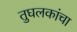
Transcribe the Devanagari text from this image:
तुघलकांचा